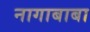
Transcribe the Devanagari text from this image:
नागाबाबा